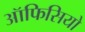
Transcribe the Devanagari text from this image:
ऑफिसियो